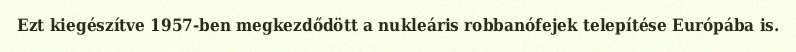
Ezt kiegészítve 1957-ben megkezdődött a nukleáris robbanófejek telepítése Európába is.